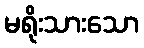
မရိုးသားသော